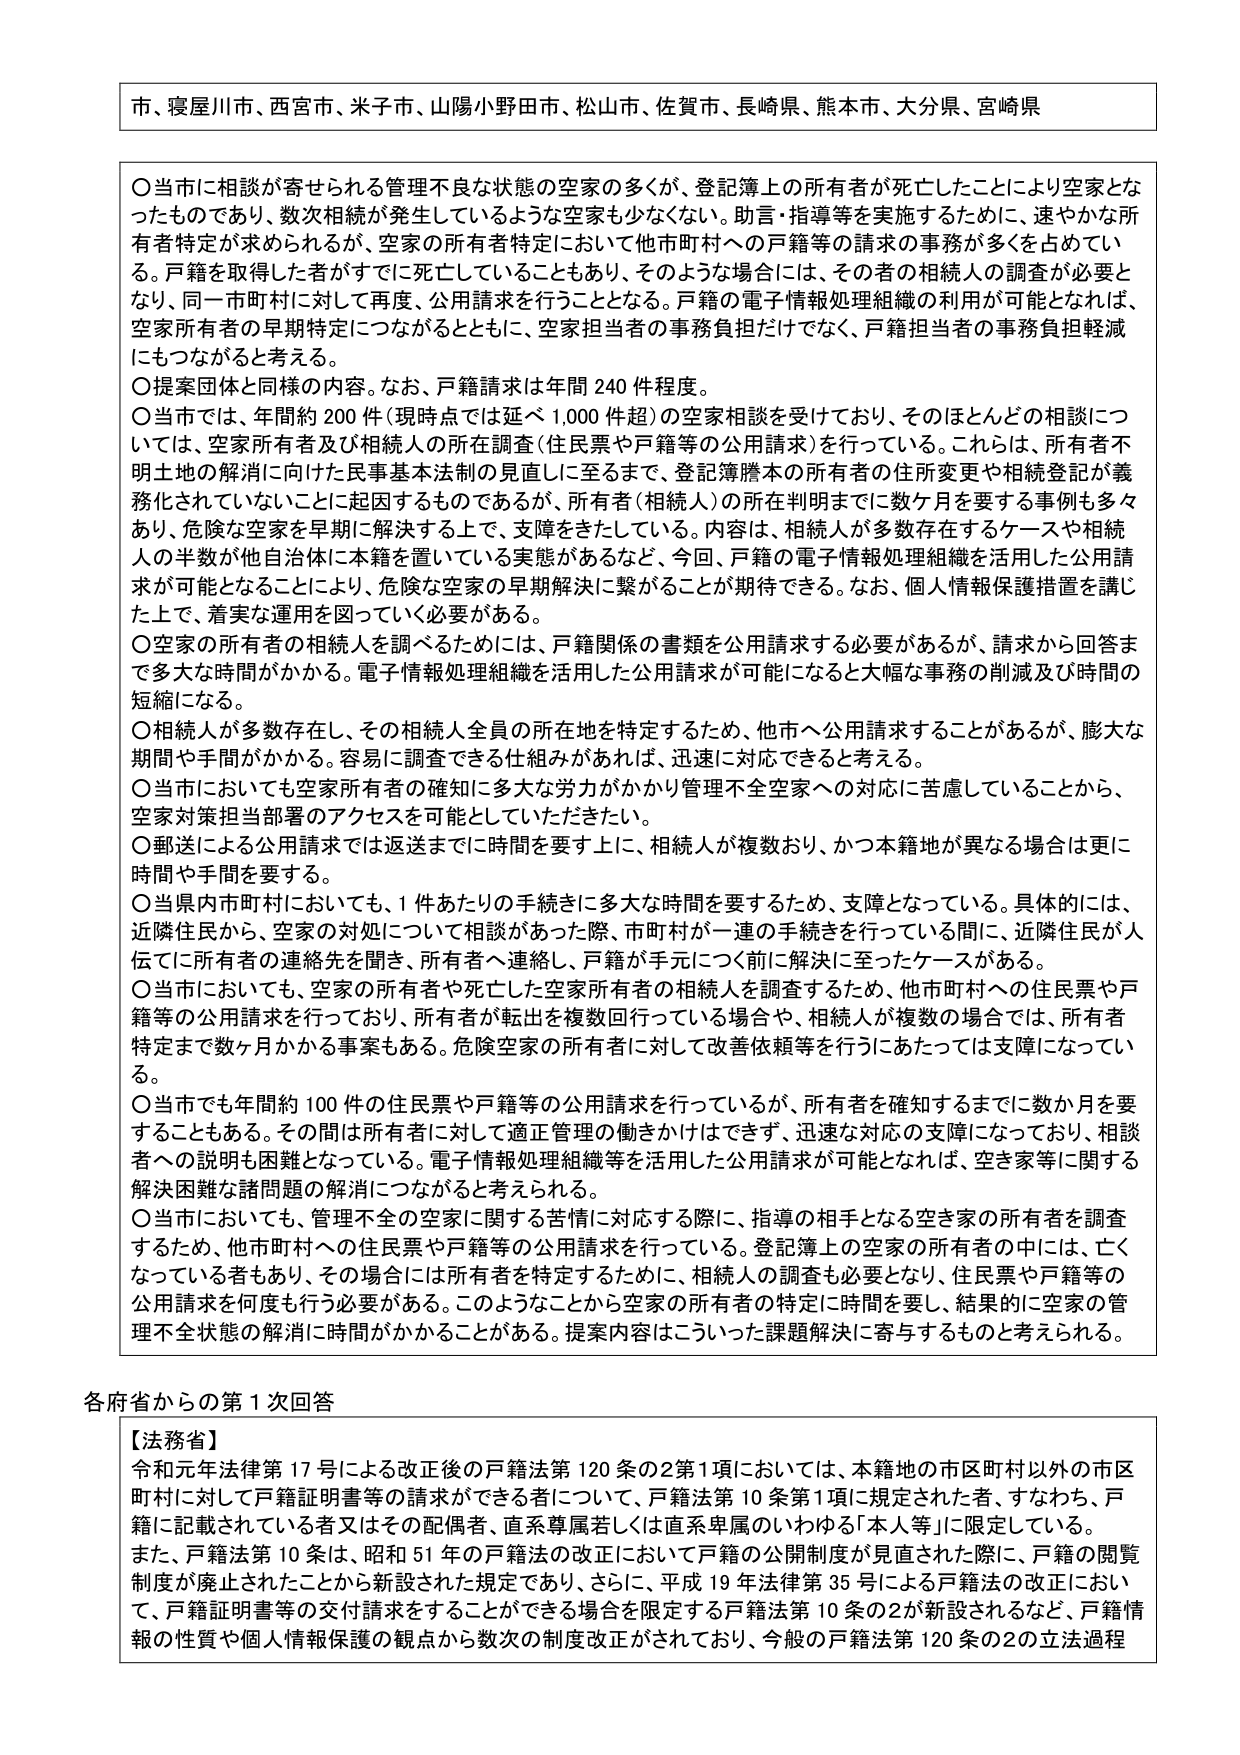
市、寝屋川市、西宮市、米子市、山陽小野田市、松山市、佐賀市、長崎県、熊本市、大分県、宮崎県

○ 当市に相談が寄せられる管理不良な状態の空家の多くが、登記簿上の所有者が死亡したことにより空家となったものであり、数次相続が発生しているような空家も少なくない。助言・指導等を実施するために、速やかな所有者特定が求められるが、空家の所有者特定において他市町村への戸籍等の請求の事務が多くを占めている。戸籍を取得した者がすでに死亡していることもあり、そのような場合には、その者の相続人の調査が必要となり、同一市町村に対して再度、公用請求を行うこととなる。戸籍の電子情報処理組織の利用が可能となれば、空家所有者の早期特定につながるとともに、空家担当者の事務負担だけでなく、戸籍担当者の事務負担軽減にもつながると考える。

○ 提案団体と同様の内容。なお、戸籍請求は年間240件程度。

○ 当市では、年間約200件（現時点では延べ1,000件超）の空家相談を受けており、そのほとんどの相談については、空家所有者及び相続人の所在を調査（住民票や戸籍等の公用請求）を行っている。これらは、所有者不明土地の解消に向けた民事基本法制の見直しに至るまで、登記簿謄本の所有者の住所変更や相続登記が義務化されていないことに起因するものであるが、所有者（相続人）の所在判明までに数ヶ月を要する事例も多くあり、危険な空家を早期に解決する上で、支障をきたしている。内容は、相続人が多数存在するケースや相続人の半数が他自治体に本籍を置いている実態があるなど、今回、戸籍の電子情報処理組織を活用した公用請求が可能となることにより、危険な空家の早期解決に繋がることが期待できる。なお、個人情報保護措置を講じた上で、着実な運用を図っていく必要がある。

○ 空家の所有者の相続人を調べるためには、戸籍関係の書類を公用請求する必要があるが、請求から回答まで多大な時間がかかる。電子情報処理組織を活用した公用請求が可能になると大幅な事務の削減及び時間の短縮になる。

○ 相続人が多数存在し、その相続人全員の所在地を特定するため、他市へ公用請求することがあるが、膨大な期間や手間がかかる。容易に調査できる仕組みがあれば、迅速に対応できると考える。

○ 当市においても空家所有者の確知に多大な労力がかかり管理不全空家への対応に苦慮していることから、空家対策担当部署のアクセスを可能としていただきたい。

○ 郵送による公用請求では返送までに時間を要する上に、相続人が複数おり、かつ本籍地が異なる場合は更に時間や手間を要する。

○ 当県内市町村においても、1件あたりの手続きに多大な時間を要するため、支障となっている。具体的には、近隣住民から、空家の対処について相談があった際、市町村が一連の手続きを行っている間に、近隣住民が人伝でに所有者の連絡先を聞き、所有者へ連絡し、戸籍が手元につく前に解決に至ったケースがある。

○ 当市においても、空家の所有者や死亡した空家所有者の相続人を調査するため、他市町村への住民票や戸籍等の公用請求を行っており、所有者や転出を複数回行っている場合や、相続人が複数の場合では、所有者特定まで数ヶ月かかる事案もある。危険空家の所有者に対して改善依頼等を行うにあたっては支障になっている。

○ 当市でも年間約100件の住民票や戸籍等の公用請求を行っているが、所有者を確知するまでに数か月を要することもある。その間は所有者に対して適正管理の働きかけはできず、迅速な対応の支障になっており、相談者への説明も困難となっている。電子情報処理組織等を活用した公用請求が可能となれば、空き家等に関する解決困難な諸問題の解消につながると考えられる。

○ 当市においても、管理不全の空家に関する苦情に対応する際に、指導の相手となる空き家の所有者を調査するため、他市町村への住民票や戸籍等の公用請求を行っている。登記簿上の空家の所有者の中には、亡くなっている者もあり、その場合には所有者を特定するために、相続人の調査も必要となり、住民票や戸籍等の公用請求を何度も行う必要がある。このようなことから空家の所有者の特定に時間を要し、結果的に空家の管理不全状態の解消に時間がかかることがある。提案内容はこういった課題解決に寄与するものと考えられる。

各府省からの第1次回答

【法務省】
令和元年法律第17号による改正後の戸籍法第120条の2第1項においては、本籍地の市区町村以外の市区町村に対して戸籍証明書等の請求ができる者について、戸籍法第10条第1項に規定された者、すなわち、戸籍に記載されている者又はその配偶者、直系尊属若しくは直系卑属のいわゆる「本人等」に限定している。
また、戸籍法第10条は、昭和51年の戸籍法の改正において戸籍の公開制度が見直された際に、戸籍の閲覧制度が廃止されたことから新設された規定であり、さらに、平成19年法律第35号による戸籍法の改正において、戸籍証明書等の交付請求をすることができる場合を限定する戸籍法第10条の2が新設されるなど、戸籍情報の性質や個人情報保護の観点から数次の制度改正がされており、今般の戸籍法第120条の2の立法過程